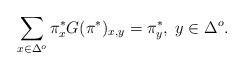
LaTeX: \begin{align*}\sum_{x \in \Delta^o} \pi^*_x G(\pi^*)_{x,y} = \pi^*_y, \; y \in \Delta^o.\end{align*}